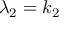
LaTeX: \lambda _ { 2 } = k _ { 2 }